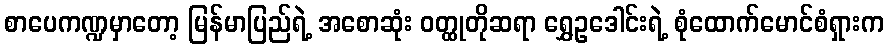
စာပေကဏ္ဍမှာတော့ မြန်မာပြည်ရဲ့ အစောဆုံး ဝတ္ထုတိုဆရာ ရွှေဥဒေါင်းရဲ့ စုံထောက်မောင်စံရှားက